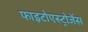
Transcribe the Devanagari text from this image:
फाइटोएस्ट्रोजेंस